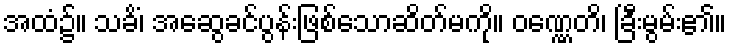
အထံ၌။ သခိံ၊ အဆွေခင်ပွန်းဖြစ်သောဆိတ်မကို။ ဝဏ္ဏေတိ၊ ခြီးမွမ်း၏။